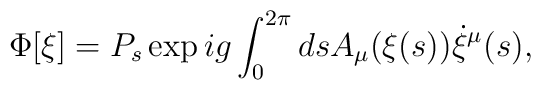
\Phi[\xi] = P_s \exp ig\int_0^{2\pi} ds A_\mu(\xi(s)) \dot{\xi}^\mu(s),